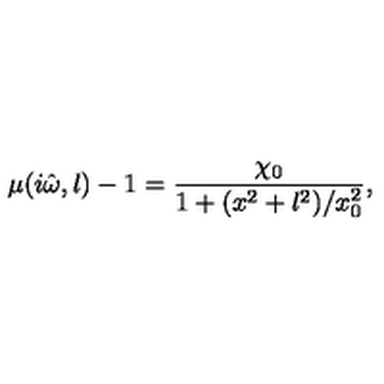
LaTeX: \mu ( i \hat { \omega } , l ) - 1 = \frac { \chi _ { 0 } } { 1 + ( x ^ { 2 } + l ^ { 2 } ) / x _ { 0 } ^ { 2 } } ,